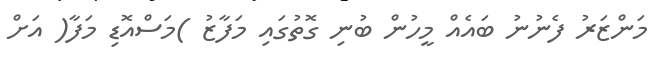
މަންޒަރު ފެނުނު ބައެއް މީހުން ބުނި ގޮތުގައި މަފާޒު )މަސްއޮޑި މަފާ( އަށް